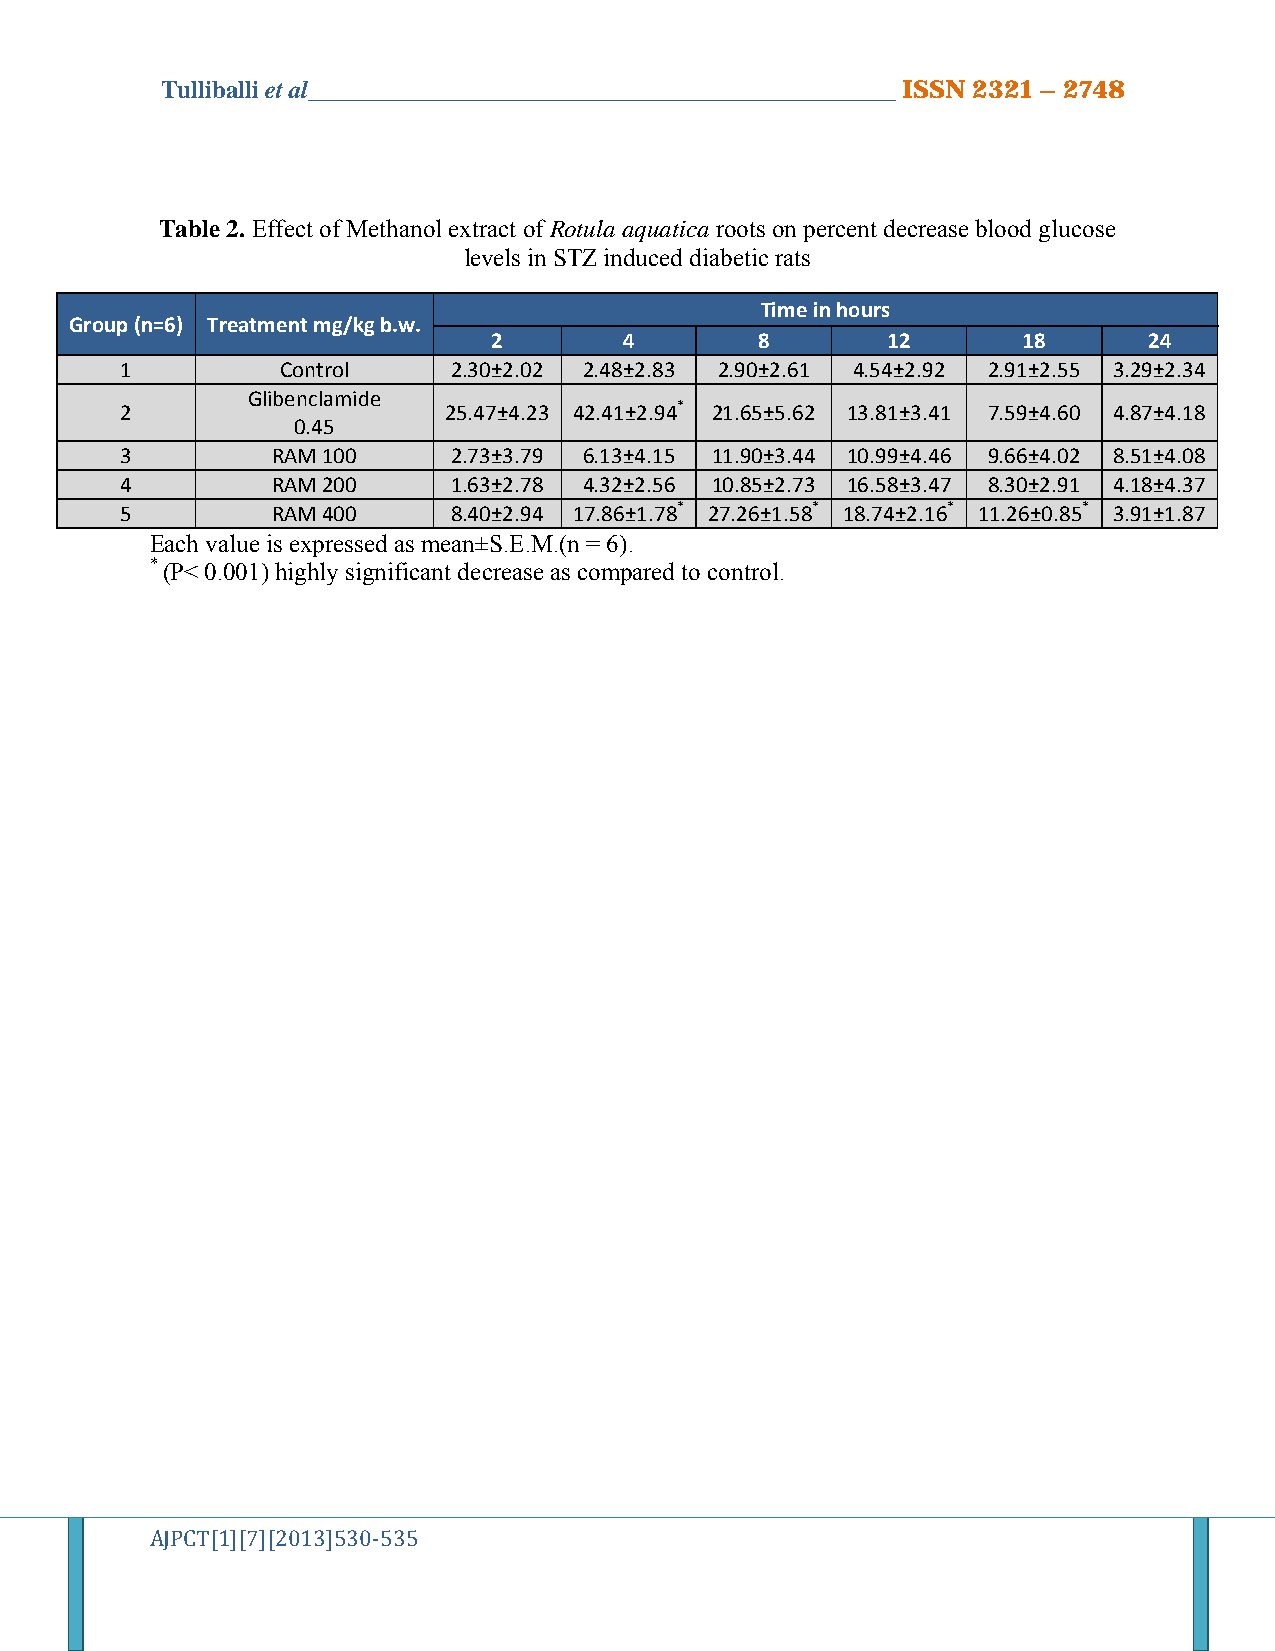
Tulliballi et al_______________________________________________ ISSN 2321 – 2748
 Table 2. Effect of Methanol extract of Rotula aquatica roots on percent decrease blood glucose
 levels in STZ induced diabetic rats
 Time in hours
 Group (n=6) Treatment mg/kg b.w.
 2       4        8        12       18      24
 1          Control    2.30±2.02 2.48±2.83 2.90±2.61 4.54±2.92 2.91±2.55 3.29±2.34
 Glibenclamide
 2                    25.47±4.23 42.41±2.94* 21.65±5.62 13.81±3.41 7.59±4.60 4.87±4.18
 0.45
 3         RAM 100     2.73±3.79 6.13±4.15 11.90±3.44 10.99±4.46 9.66±4.02 8.51±4.08
 4         RAM 200     1.63±2.78 4.32±2.56 10.85±2.73 16.58±3.47 8.30±2.91 4.18±4.37
 5         RAM 400     8.40±2.94 17.86±1.78* 27.26±1.58* 18.74±2.16* 11.26±0.85* 3.91±1.87
 Each value is expressed as mean±S.E.M.(n = 6).
 * (P< 0.001) highly significant decrease as compared to control.
 AJPCT[1][7][2013]530‐535